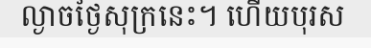
ល្ងាចថ្ងៃសុក្រនេះ។ ហើយបុរស